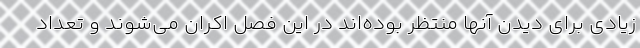
زیادی برای دیدن آنها منتظر بوده‌اند در این فصل اکران می‌شوند و تعداد